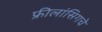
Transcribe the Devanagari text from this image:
फ्रीलांसिगचे